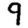
Digit: 9